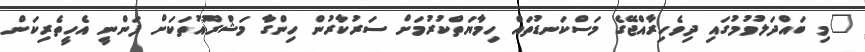
"މި ބައްދަލުވުމުގައި ދިވެހިރާއްޖޭގެ މަސްކަނޑުތައް ހިމާޔަތްކުރުމަށް ސަރުކާރުން ހިންގާ މަޝްރޫއުތަކަށް ފަންނީ އެހީތެރިކަން